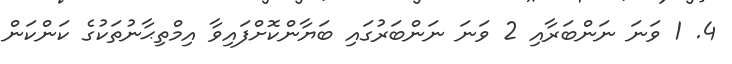
4. 1 ވަނަ ނަންބަރާއި 2 ވަނަ ނަންބަރުގައި ބަޔާންކޮށްފައިވާ އިމްތިޙާނުތަކުގެ ކަންކަން